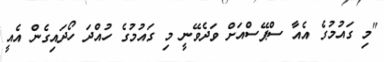
"މި ގައުމުގެ އެއާ ސްޕޭސްއަށް ވަދެވޭނީ މި ގައުމުގެ ހުއްދަ ހޯދައިގެން އެއީ